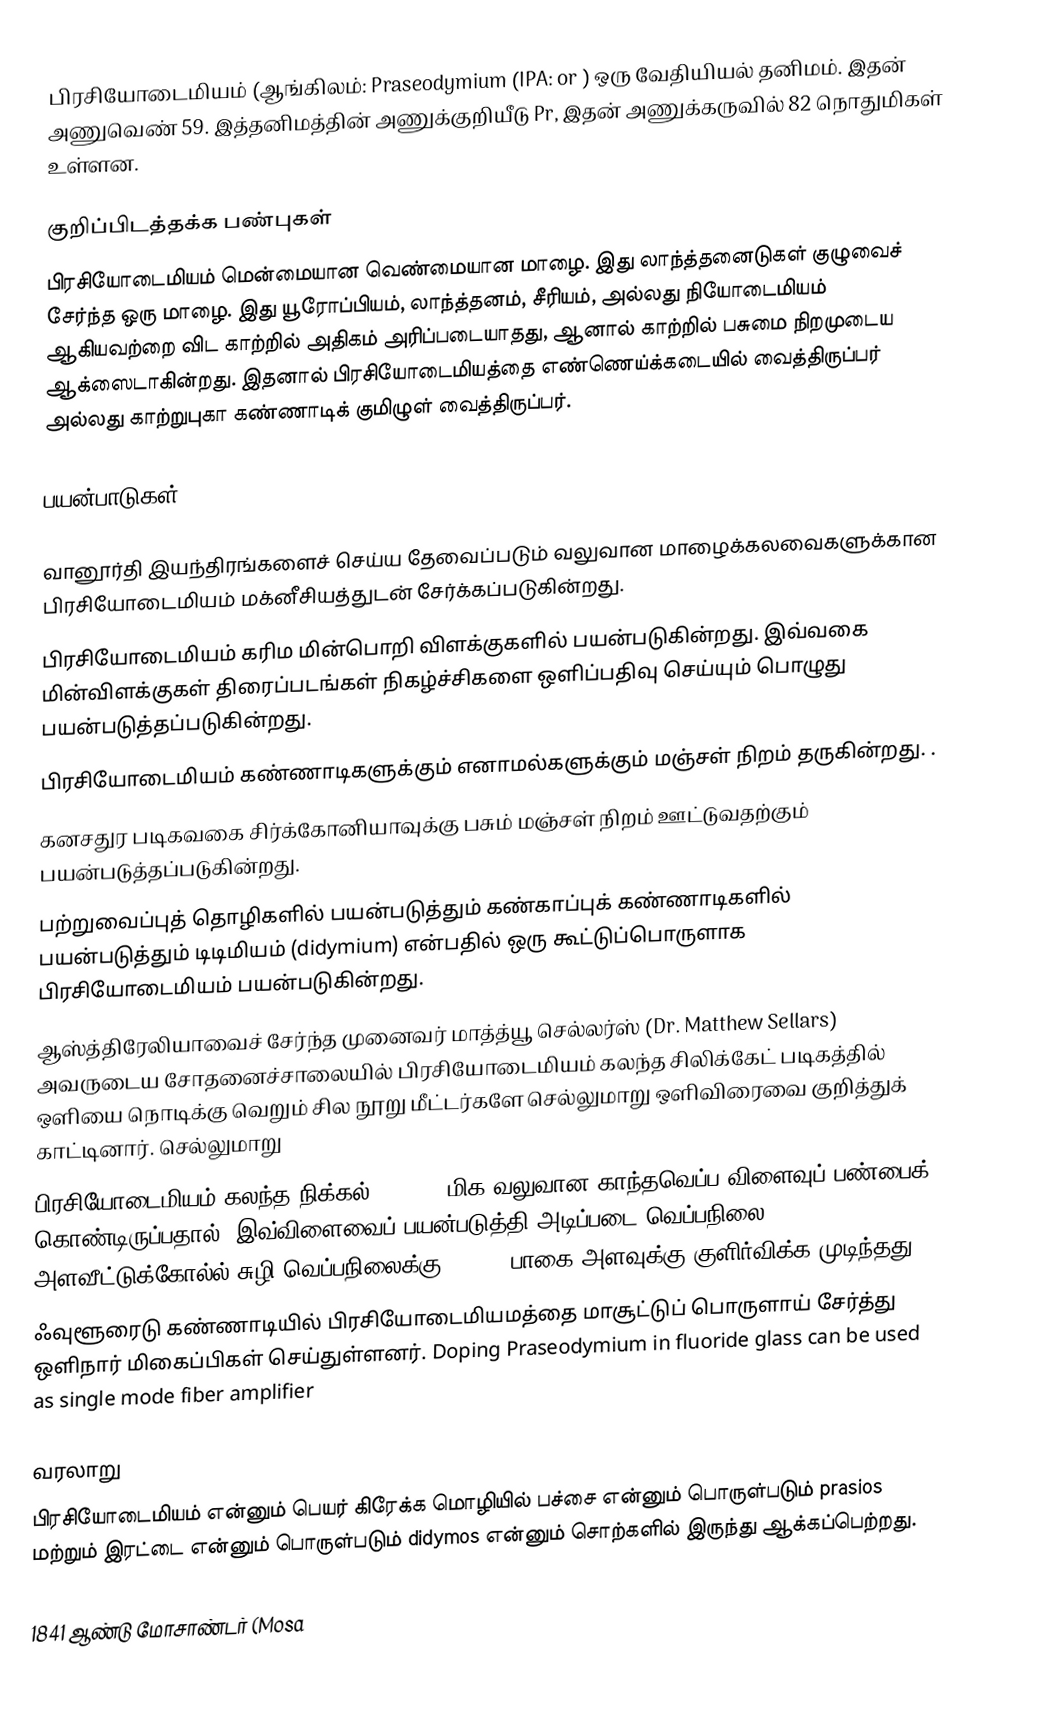
பிரசியோடைமியம் (ஆங்கிலம்: Praseodymium (IPA:  or ) ஒரு வேதியியல் தனிமம். இதன் அணுவெண் 59. இத்தனிமத்தின் அணுக்குறியீடு Pr, இதன் அணுக்கருவில் 82 நொதுமிகள் உள்ளன.

குறிப்பிடத்தக்க பண்புகள்
பிரசியோடைமியம் மென்மையான வெண்மையான மாழை. இது லாந்த்தனைடுகள் குழுவைச் சேர்ந்த ஒரு மாழை. இது யூரோப்பியம், லாந்த்தனம், சீரியம், அல்லது நியோடைமியம் ஆகியவற்றை விட காற்றில் அதிகம் அரிப்படையாதது, ஆனால் காற்றில் பசுமை நிறமுடைய ஆக்ஸைடாகின்றது. இதனால் பிரசியோடைமியத்தை எண்ணெய்க்கடையில் வைத்திருப்பர் அல்லது காற்றுபுகா கண்ணாடிக் குமிழுள் வைத்திருப்பர்.

பயன்பாடுகள்

 வானூர்தி இயந்திரங்களைச் செய்ய தேவைப்படும் வலுவான மாழைக்கலவைகளுக்கான பிரசியோடைமியம் மக்னீசியத்துடன் சேர்க்கப்படுகின்றது.
 பிரசியோடைமியம் கரிம மின்பொறி விளக்குகளில் பயன்படுகின்றது. இவ்வகை மின்விளக்குகள் திரைப்படங்கள் நிகழ்ச்சிகளை ஒளிப்பதிவு செய்யும் பொழுது பயன்படுத்தப்படுகின்றது.
 பிரசியோடைமியம் கண்ணாடிகளுக்கும் எனாமல்களுக்கும்  மஞ்சள் நிறம் தருகின்றது. .
 கனசதுர படிகவகை சிர்க்கோனியாவுக்கு பசும் மஞ்சள் நிறம் ஊட்டுவதற்கும் பயன்படுத்தப்படுகின்றது.
 பற்றுவைப்புத் தொழிகளில் பயன்படுத்தும் கண்காப்புக் கண்ணாடிகளில் பயன்படுத்தும் டிடிமியம் (didymium) என்பதில் ஒரு கூட்டுப்பொருளாக பிரசியோடைமியம் பயன்படுகின்றது.
 ஆஸ்த்திரேலியாவைச் சேர்ந்த முனைவர் மாத்த்யூ செல்லர்ஸ் (Dr. Matthew Sellars) அவருடைய சோதனைச்சாலையில் பிரசியோடைமியம் கலந்த சிலிக்கேட் படிகத்தில் ஒளியை நொடிக்கு வெறும் சில நூறு மீட்டர்களே செல்லுமாறு ஒளிவிரைவை குறித்துக் காட்டினார். செல்லுமாறு
 பிரசியோடைமியம் கலந்த நிக்கல் (PrNi5) மிக வலுவான காந்தவெப்ப விளைவுப் பண்பைக் கொண்டிருப்பதால், இவ்விளைவைப் பயன்படுத்தி அடிப்படை வெப்பநிலை அளவீட்டுக்கோல்ல் சுழி வெப்பநிலைக்கு 1/1000 பாகை அளவுக்கு குளிர்விக்க முடிந்தது..
 ஃவுளூரைடு கண்ணாடியில் பிரசியோடைமியமத்தை மாசூட்டுப் பொருளாய் சேர்த்து ஒளிநார் மிகைப்பிகள் செய்துள்ளனர்.  Doping Praseodymium in fluoride glass can be used as single mode fiber amplifier

வரலாறு
பிரசியோடைமியம் என்னும் பெயர் கிரேக்க மொழியில் பச்சை என்னும் பொருள்படும் prasios மற்றும் இரட்டை என்னும் பொருள்படும் didymos என்னும் சொற்களில் இருந்து ஆக்கப்பெற்றது.

1841 ஆண்டு மோசாண்டர் (Mosa